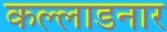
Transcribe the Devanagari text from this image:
कल्लाडनार